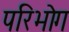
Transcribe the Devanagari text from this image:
परिभोग